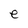
Character: e